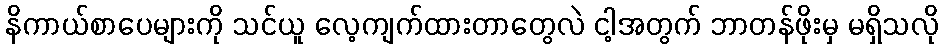
နိကာယ်စာပေများကို သင်ယူ လေ့ကျက်ထားတာတွေလဲ ငါ့အတွက် ဘာတန်ဖိုးမှ မရှိသလို